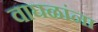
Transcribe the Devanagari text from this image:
वाघळांना